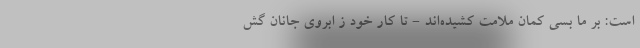
است: بر ما بسی کمان ملامت کشیده‌اند - تا کار خود ز ابروی جانان گش